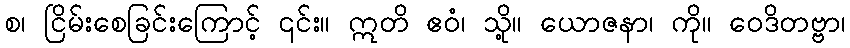
စ၊ ငြိမ်းစေခြင်းကြောင့် ၎င်း။ ဣတိ ဧဝံ၊ သို့။ ယောဇနာ၊ ကို။ ဝေဒိတဗ္ဗာ၊